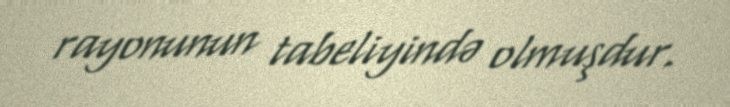
rayonunun tabeliyində olmuşdur.